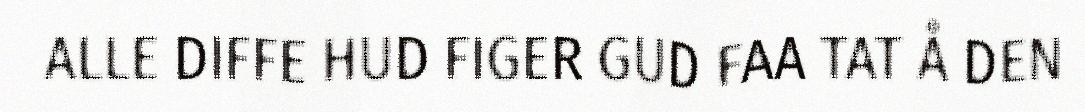
ALLE DIFFE HUD FIGER GUD FAA TAT Å DEN